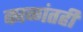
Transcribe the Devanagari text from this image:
काळांतही